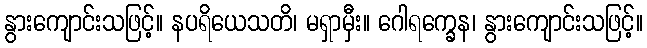
နွားကျောင်းသဖြင့်။ နပရိယေသတိ၊ မရှာမှီး။ ဂေါရက္ခေန၊ နွားကျောင်းသဖြင့်။